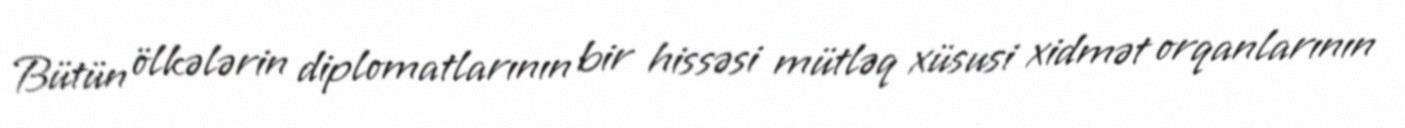
Bütün ölkələrin diplomatlarının bir hissəsi mütləq xüsusi xidmət orqanlarının